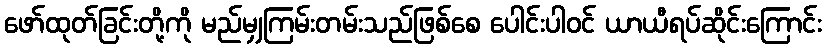
ဖော်ထုတ်ခြင်းတို့ကို မည်မျှကြမ်းတမ်းသည်ဖြစ်စေ ပေါင်းပါဝင် ယာယီရပ်ဆိုင်းကြောင်း